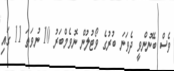
ވެސް ބޭނުންވީ ދެވަނަ ބުރުގެ ވޯޓުލުން ނޮވެމްބަރު 10 ނުވަތަ 11 ގައި